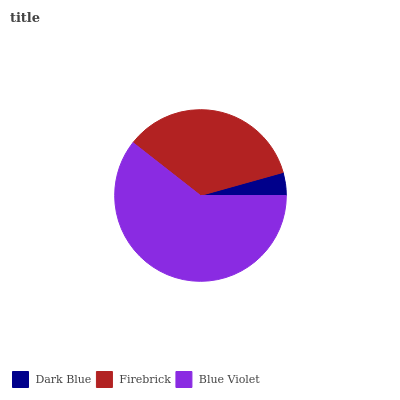
| Dark Blue | Firebrick | Blue Violet |
 | --- | --- | --- |
 | 4.33% | 35% | 60.6% |